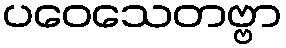
ပဝေသေတဗ္ဗာ